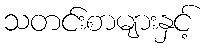
သတင်းစာများနှင့်